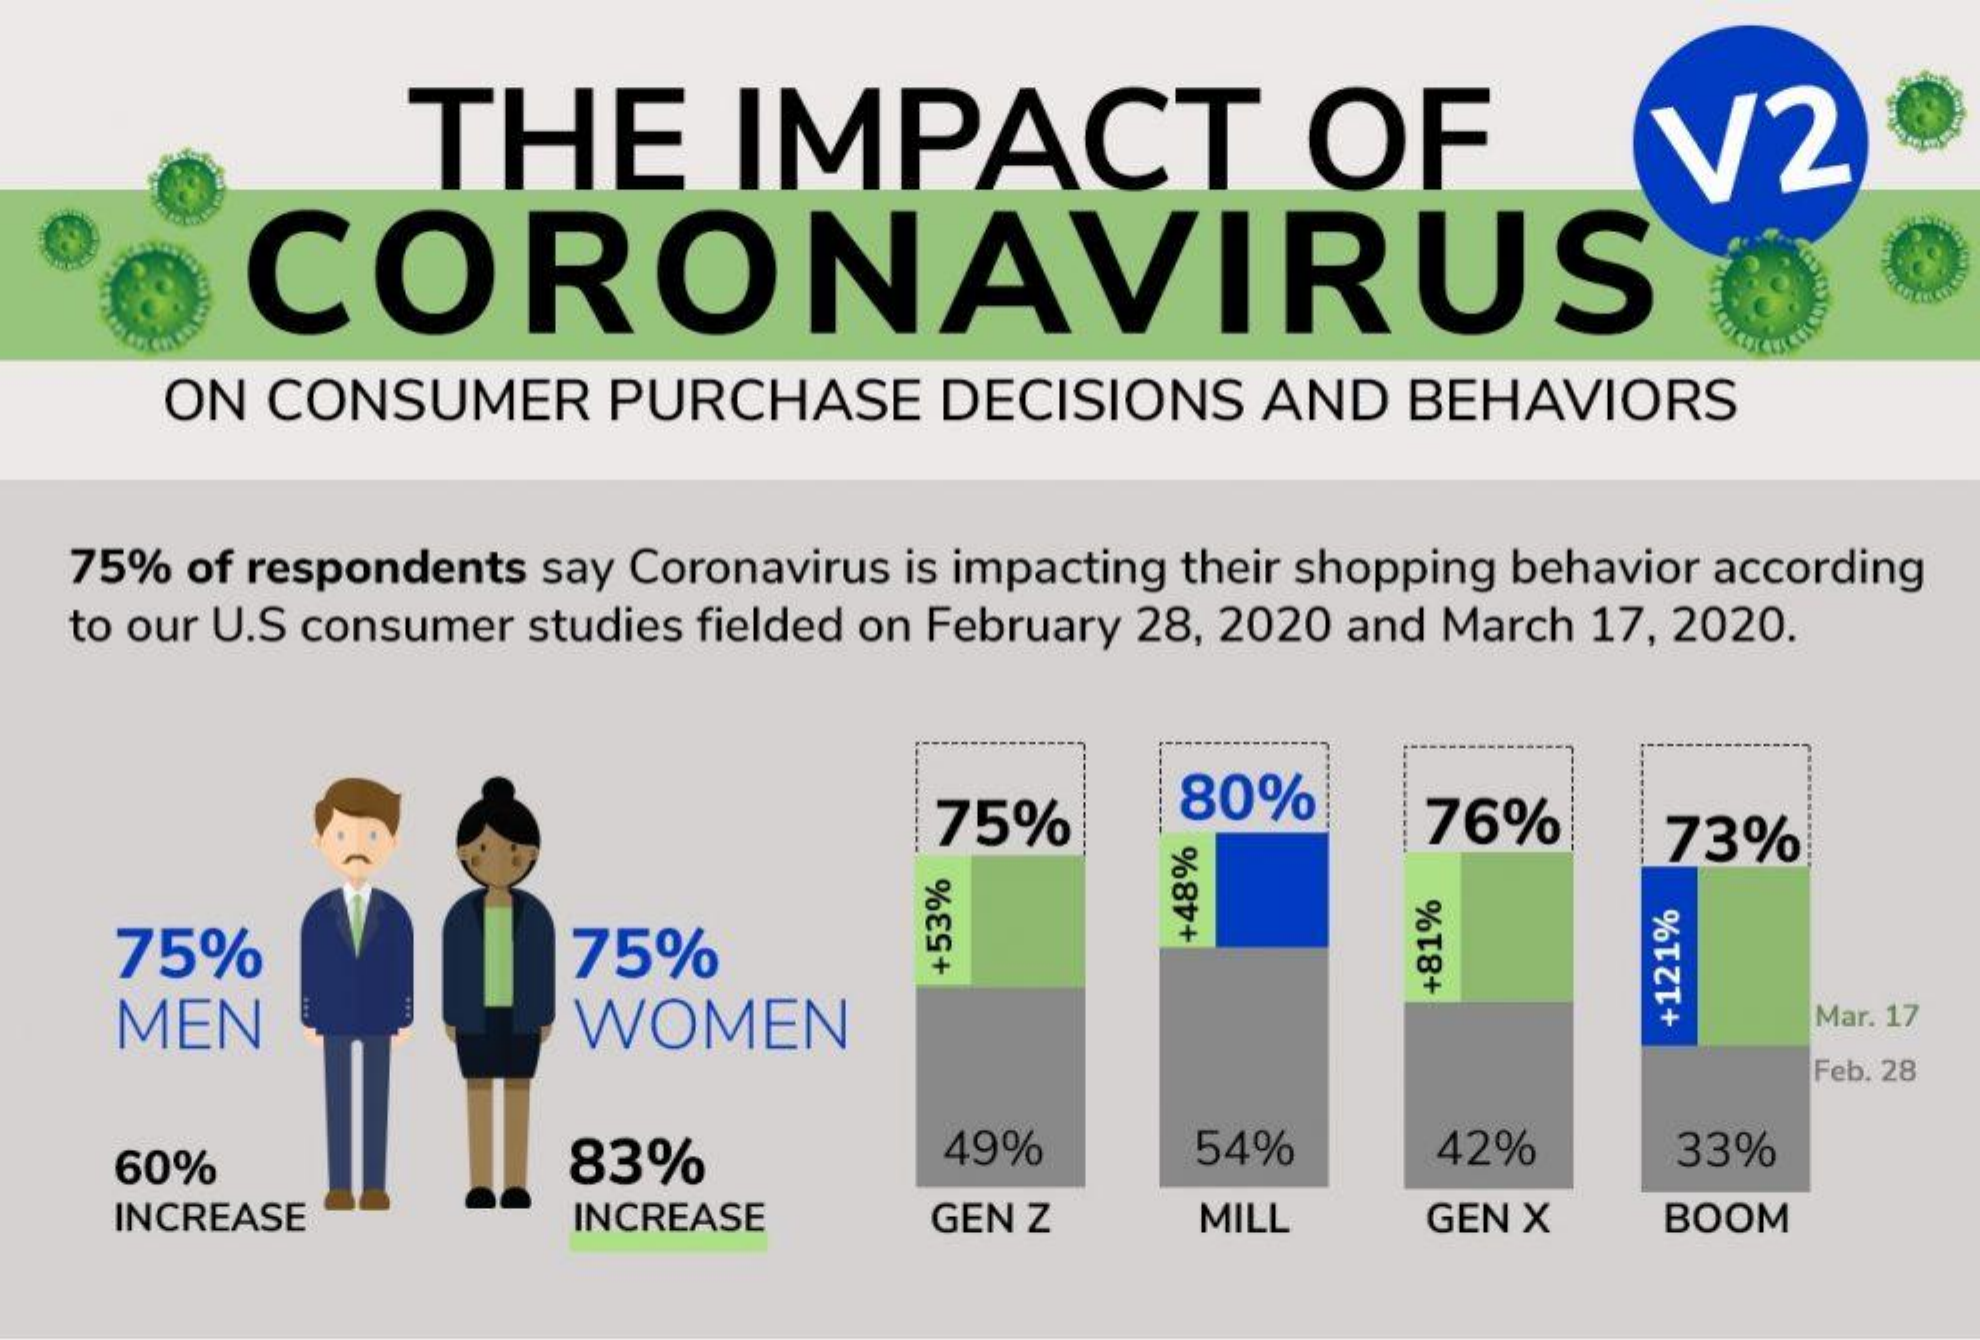
THE    IMPACT    OF    V2
     CORONAVIRUS
     ON CONSUMER    PURCHASE    DECISIONS   AND   BEHAVIORS
   75% of respondents say Coronavirus is impacting their shopping behavior according
   to our U.S consumer studies fielded on February 28, 2020 and March 17, 2020.
     75%    80%    76%    73%
     75%    75%
     +48% +53%
     MEN    WOMEN
     +81%
     Mar. 17
     +121%
     Feb. 28
     60%    83%    49%    54%    42%    33%
     INCREASE    INCREASE    GEN Z    MILL    GEN X    BOOM